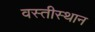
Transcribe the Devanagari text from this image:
वस्तीस्थान